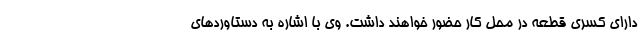
دارای کسری قطعه در محل کار حضور خواهند داشت. وی با اشاره به دستاوردهای